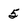
Character: 5